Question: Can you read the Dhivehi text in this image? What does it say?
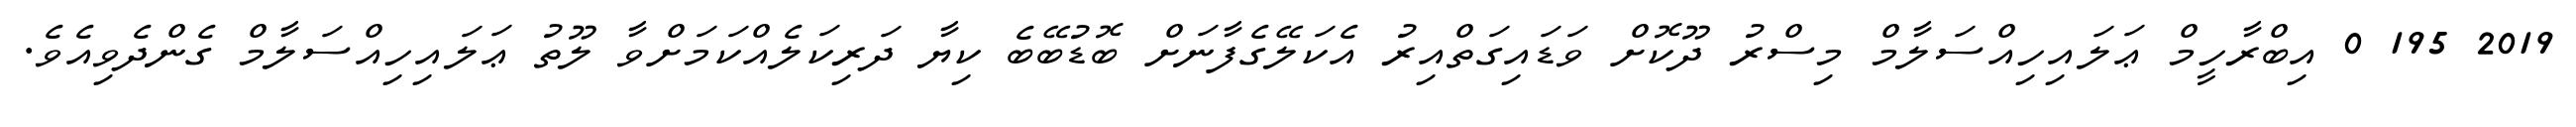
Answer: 2019 195 0 އިބްރާހީމް ޢަލައިހިއްސަލާމް މިސްރު ދޫކޮށް ވަޑައިގަތްއިރު އެކަލޭގެފާނަށް ބޮޑުބޭބެ ކިޔާ ދަރިކަލެއްކަމަށްވާ ލޫތު ޢަލައިހިއްސަލާމް ގެންދެވިއެވެ.